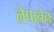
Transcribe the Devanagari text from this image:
लेपानेन